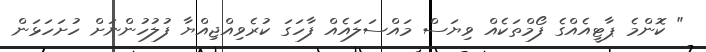
" ކޮންމެ ޕާޓީއެއްގެ ފޯމްތަކެއް ވިޔަސް މައްސަލައެއް ފާހަގަ ކުރެވިއްޖިއްޔާ ފުލުހުންނަށް ހުށަހަޅަން